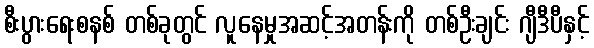
စီးပွားရေးစနစ် တစ်ခုတွင် လူနေမှုအဆင့်အတန်းကို တစ်ဦးချင်း ဂျီဒီပီနှင့်